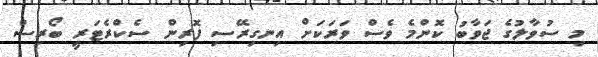
މި ސުވާލުގެ ޖަވާބު ކޮންމެ ވެސް ވަރަކަށް އިނގިރޭސި ފޮރިން ސެކްރެޓަރީ ބޯރިސް